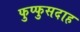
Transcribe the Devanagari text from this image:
फुप्फुसदाह